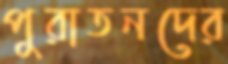
পুরাতনদের